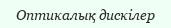
Оптикалық дискілер